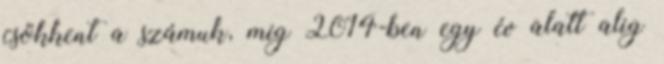
csökkent a számuk, míg 2014-ben egy év alatt alig